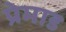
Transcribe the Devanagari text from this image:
प्रेमाड